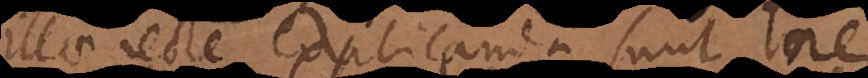
illae recte explicandae sunt ne